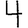
Digit: 4